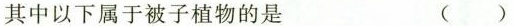
其中以下属于被子植物的是 ( )